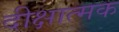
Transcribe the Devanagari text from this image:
दीक्षात्मक